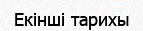
Екінші тарихы